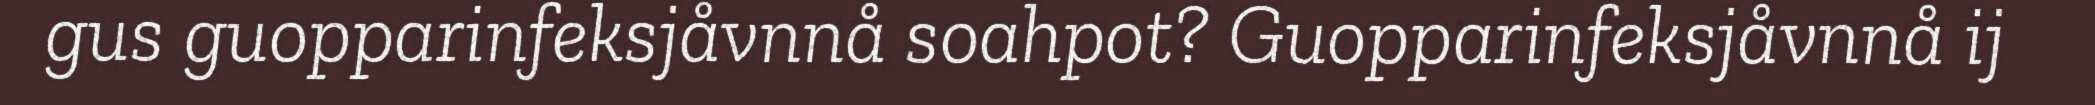
gus guopparinfeksjåvnnå soahpot? Guopparinfeksjåvnnå ij